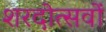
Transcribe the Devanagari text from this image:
शरदोत्सवों